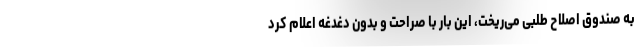
به صندوق اصلاح طلبی می‌ریخت، این بار با صراحت و بدون دغدغه اعلام کرد